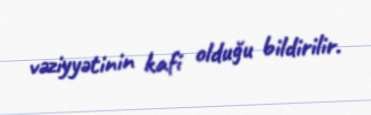
vəziyyətinin kafi olduğu bildirilir.